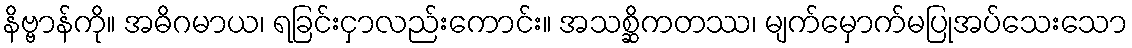
နိဗ္ဗာန်ကို။ အဓိဂမာယ၊ ရခြင်းငှာလည်းကောင်း။ အသစ္ဆိကတဿ၊ မျက်မှောက်မပြုအပ်သေးသော